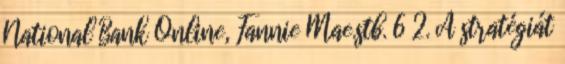
National Bank Online, Fannie Mae.stb. 6 2. A stratégiát